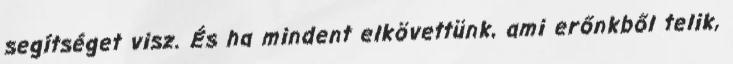
segítséget visz. És ha mindent elkövettünk, ami erőnkből telik,